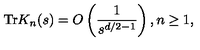
\mathrm { T r } K _ { n } ( s ) = O \left( \frac { 1 } { s ^ { d / 2 - 1 } } \right) , n \geq 1 ,